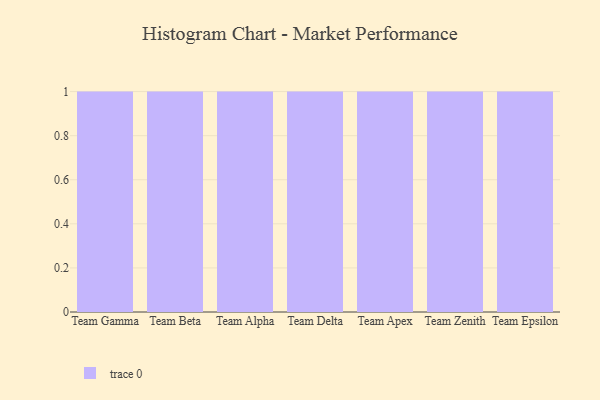
{"axis": {"x": "Team", "y": "Customer Acquisition Cost (USD)"}, "legend": [""], "data": [{"x": "Team Gamma", "y": 14, "type": ""}, {"x": "Team Beta", "y": 85, "type": ""}, {"x": "Team Alpha", "y": 99, "type": ""}, {"x": "Team Delta", "y": 14, "type": ""}, {"x": "Team Apex", "y": 39, "type": ""}, {"x": "Team Zenith", "y": 20, "type": ""}, {"x": "Team Epsilon", "y": 21, "type": ""}]}